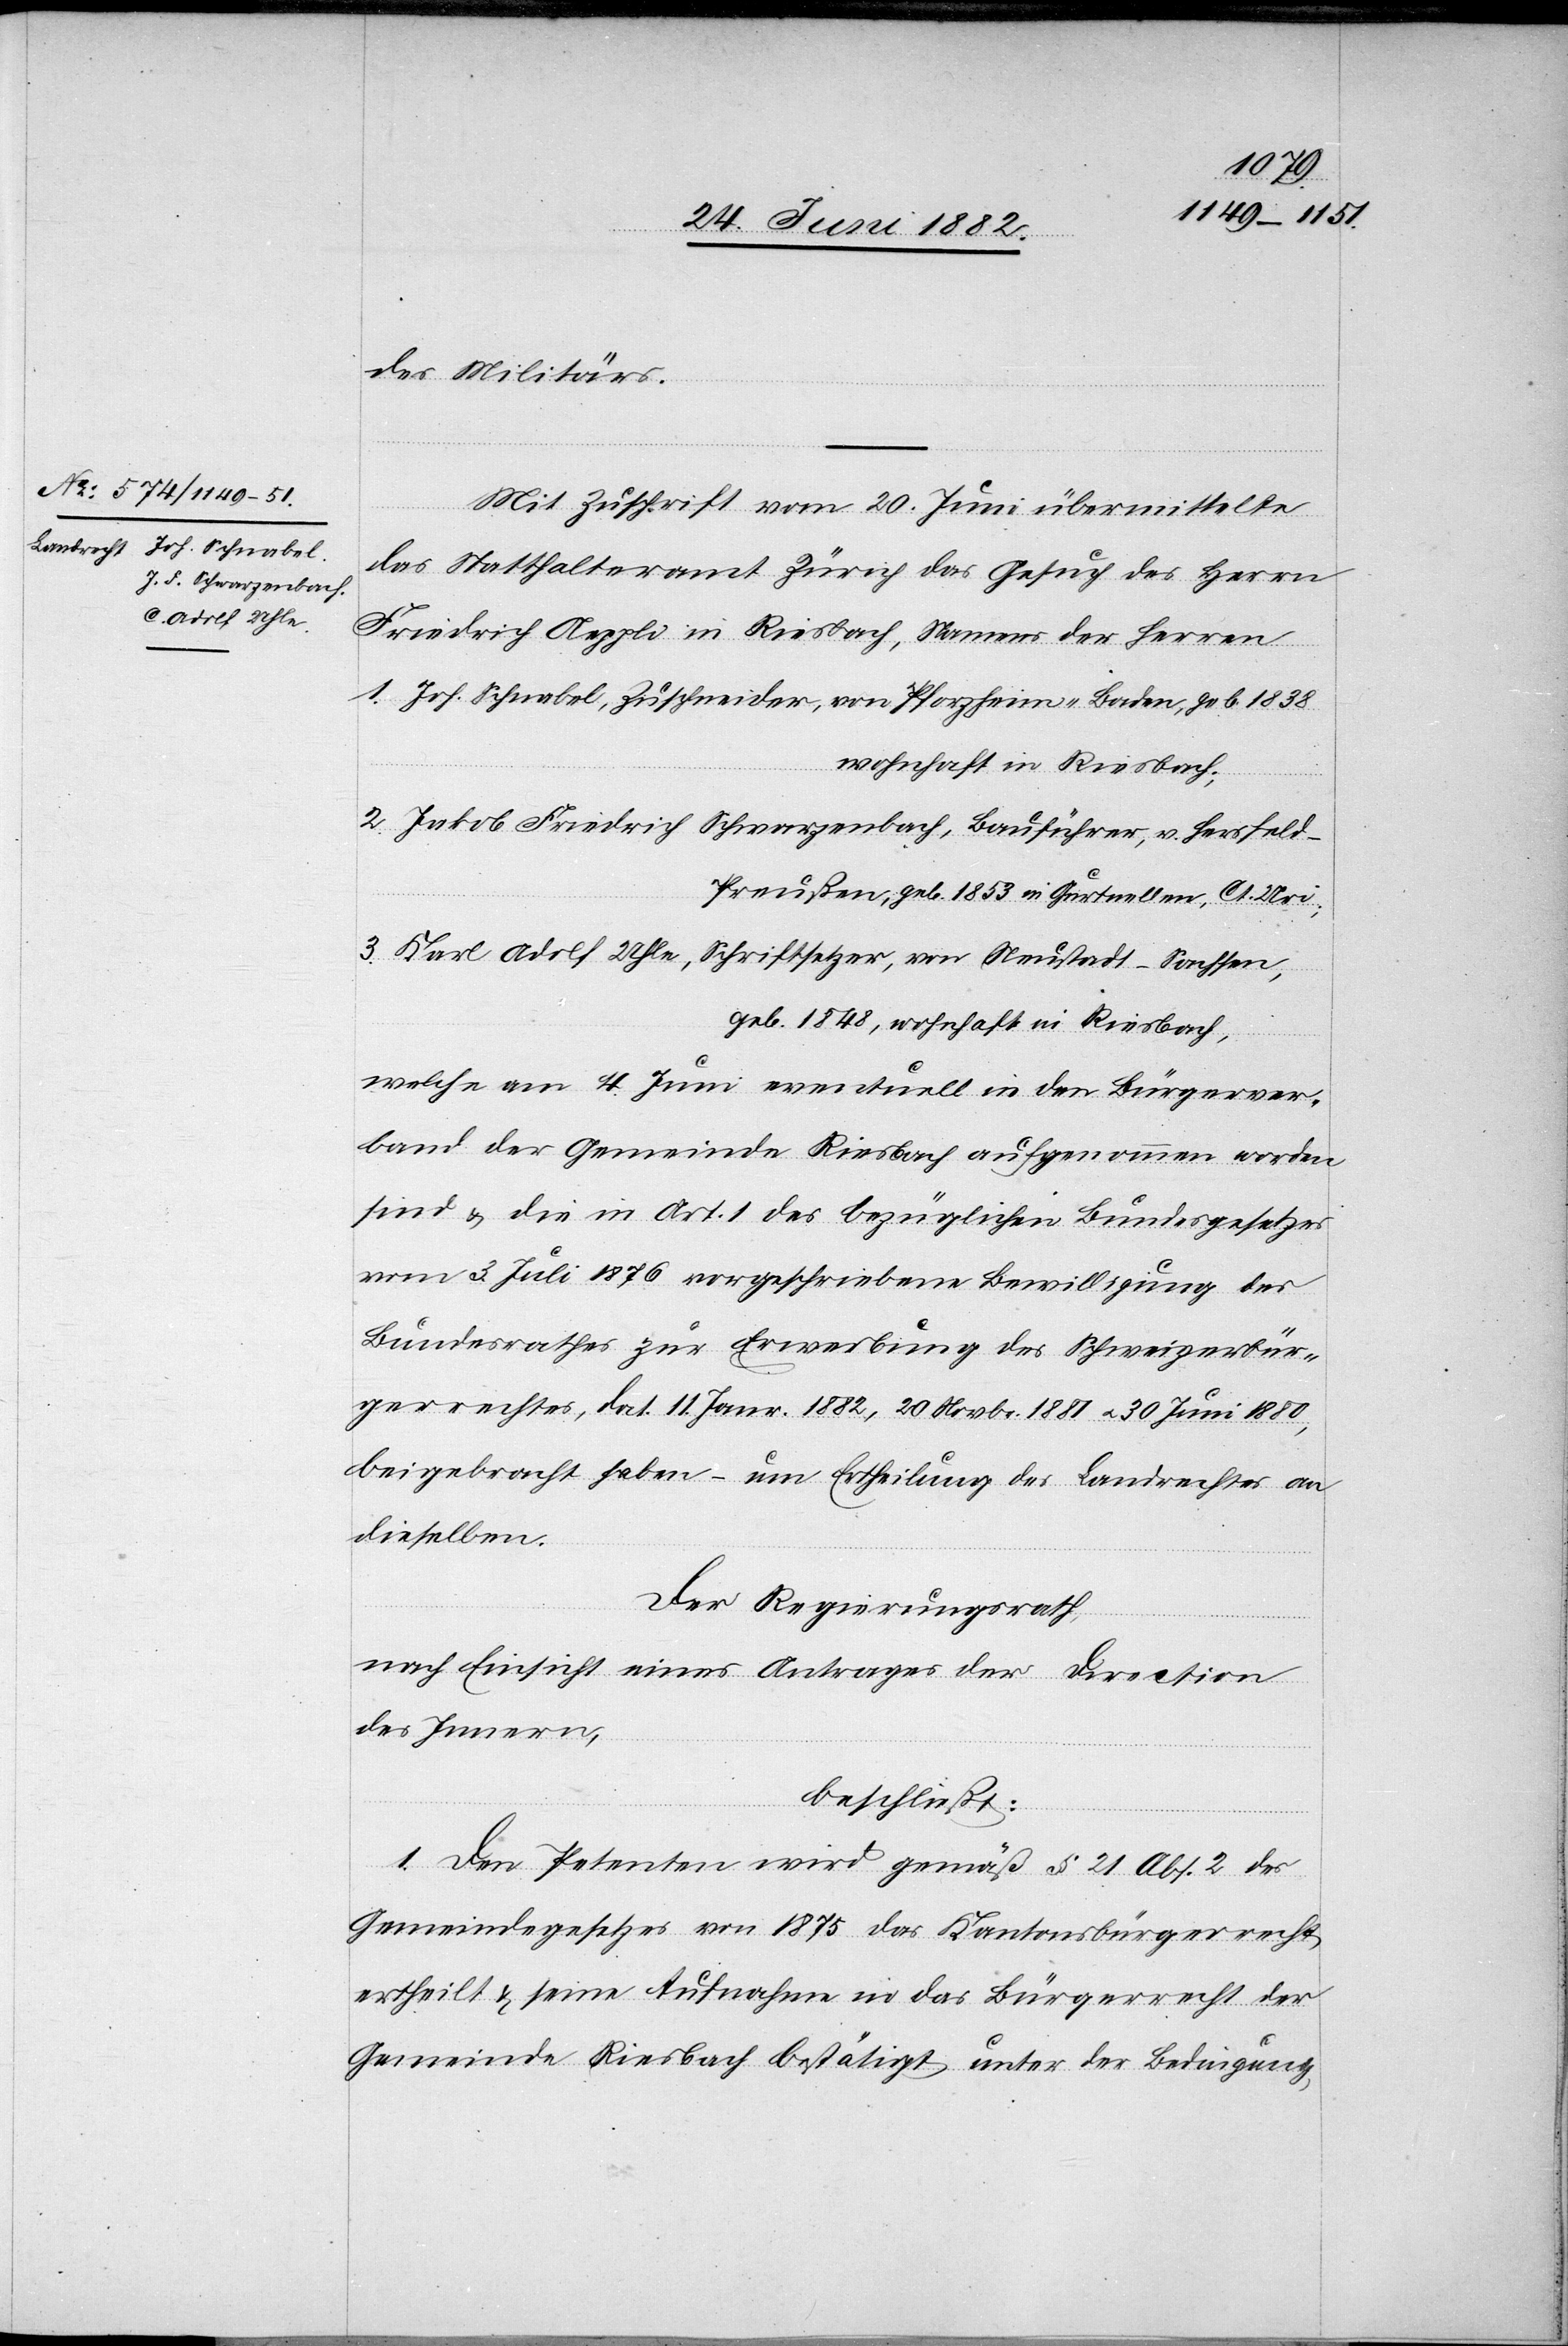
Bürgerrecht

des Militärs.
Mit Zuschrift vom 20. Juni übermittelte
das Statthalteramt Zürich das Gesuch des Herrn
Friedrich Aeppli in Riesbach, Namens der Herren
1. Joh. Schnabel, Zuschneider, von Pforzheim - Baden, geb. 1838
wohnhaft in Riesbach;
2. Jakob Friedrich Schwarzenbach, Bauführer, v. Hersfeld
Preußen, geb. 1853 in Gurtnellen, Ct. Uri;
3. Karl [sic!] Adolf Uhle, Schriftsetzer, von Neustadt - Sachsen,
geb. 1848, wohnhaft in Riesbach,
der
welche am 4. Juni eventuell in den Bürgerver¬
band der Gemeinde Riesbach aufgenommen worden
sind & die in Art. 1 des bezüglichen Bundesgesetzes
vom 3. Juli 1876 vorgeschriebene Bewilligung des
Bundesrathes zur Erwerbung des Schweizerbür¬
gerrechtes, dat. 11. Janr. 1882, 20. Novbr. 1881 u. 30. Juni 1880,
beigebracht haben – um Ertheilung des Landrechtes an
dieselben.
Der Regierungsrath,
nach Einsicht eines Antrages der Direction
des Innern,
beschließt:
1. Den Petenten wird gemäß § 21 Abs. 2 des
Gemeindegesetzes von 1875 das Kantonsbürgerrecht
Gemeinde Riesbach bestätigt unter der Bedingung,